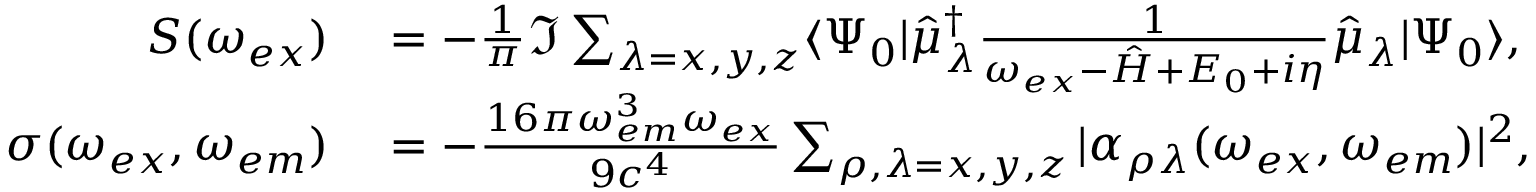
\begin{array} { r l } { S ( \omega _ { e x } ) } & { { } = - \frac { 1 } { \pi } \Im \sum _ { \lambda = x , y , z } \langle \Psi _ { 0 } | \hat { \mu } _ { \lambda } ^ { \dagger } \frac { 1 } { \omega _ { e x } - \hat { H } + E _ { 0 } + i \eta } \hat { \mu } _ { \lambda } | \Psi _ { 0 } \rangle , } \\ { \sigma ( \omega _ { e x } , \omega _ { e m } ) } & { { } = - \frac { 1 6 \pi \omega _ { e m } ^ { 3 } \omega _ { e x } } { 9 c ^ { 4 } } \sum _ { \rho , \lambda = x , y , z } | \alpha _ { \rho \lambda } ( \omega _ { e x } , \omega _ { e m } ) | ^ { 2 } , } \end{array}